Problem: 5 × 5 = ?
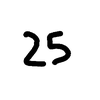
Handwritten answer: 25